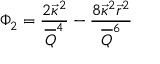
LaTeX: \Phi _ { 2 } = { \frac { 2 \vec { \kappa } ^ { 2 } } { \overline { { Q } } ^ { 4 } } } - { \frac { 8 \vec { \kappa } ^ { 2 } \vec { r } ^ { 2 } } { \overline { { Q } } ^ { 6 } } }